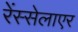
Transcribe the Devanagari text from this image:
रेंस्सेलाएर